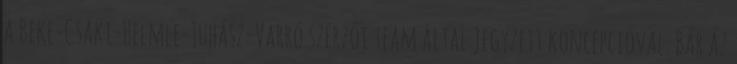
a Beke-Csáki-Helmle-Juhász-Varró szerzői team által jegyzett koncepcióval. Bár az